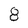
Character: 8